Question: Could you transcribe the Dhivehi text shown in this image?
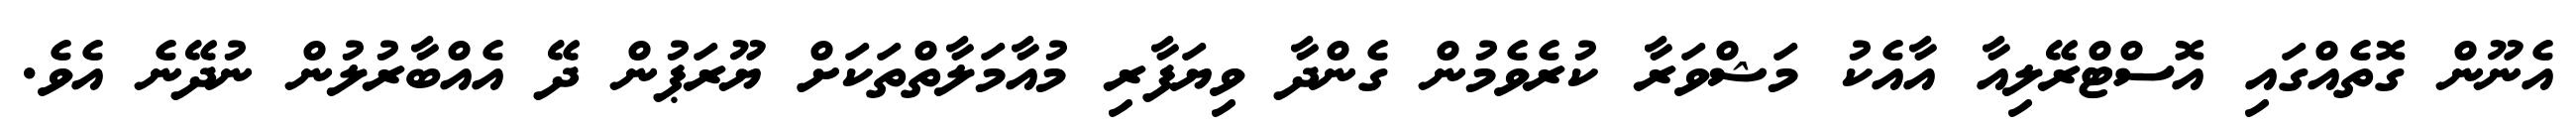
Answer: އެނޫން ގޮތެއްގައި އޮސްޓްރޭލިއާ އާއެކު މަޝްވަރާ ކުރެވެމުން ގެންދާ ވިޔަފާރި މުއާމަލާތްތަކަށް ޔޫރަޕުން ދޭ އެއްބާރުލުން ނުދޭނެ އެވެ.